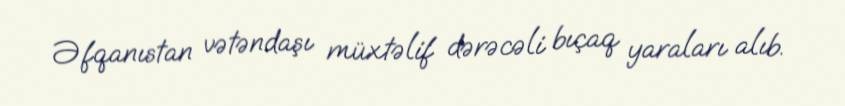
Əfqanıstan vətəndaşı müxtəlif dərəcəli bıçaq yaraları alıb.